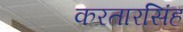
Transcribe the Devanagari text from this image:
करतारसिंह